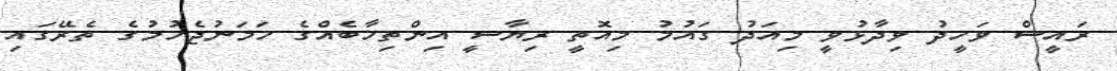
ރައީސް ވަހީދު ވިދާޅުވީ މިއަދު ގައުމު މިއޮތީ ރިޔާސީ އިންތިޚާބެއްގެ ހަމަނުޖެހުމުގެ ތެރޭގައި